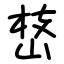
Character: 㟚